Problem: 12 + 35 = ?
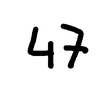
Handwritten answer: 47